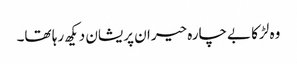
وہ لڑکا بےچارہ حیران پریشان دیکھ رہا تھا۔